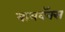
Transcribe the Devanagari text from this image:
वायवॅक्स